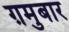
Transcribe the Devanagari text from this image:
ग़मुबार